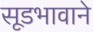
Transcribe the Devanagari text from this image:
सूडभावाने